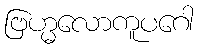
ဗြဟ္မလောကူပဂေါ